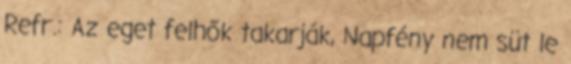
Refr.: Az eget felhők takarják, Napfény nem süt le